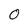
Character: 0